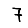
Digit: 7